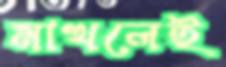
মাখলেই